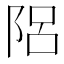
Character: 𨹬